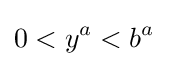
0<y^{a}<b^{a}